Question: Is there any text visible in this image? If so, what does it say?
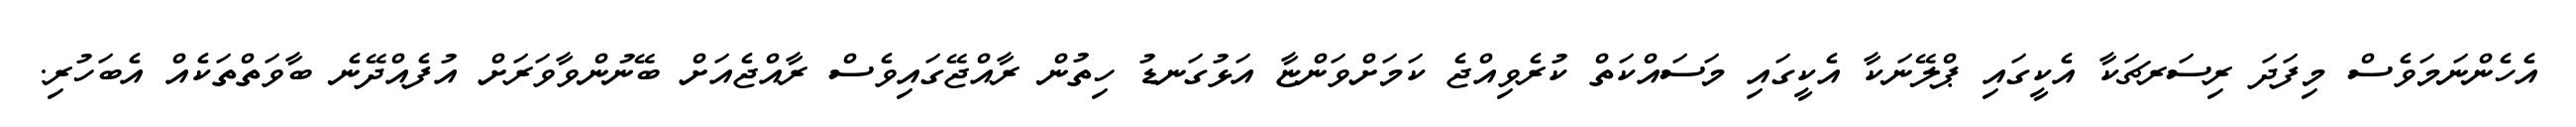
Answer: އެހެންނަމަވެސް މިފަދަ ރިސަރޗަކާ އެކީގައި ޕްލޭނަކާ އެކީގައި މަސައްކަތް ކުރެވިއްޖެ ކަމަށްވަންޏާ އަޅުގަނޑު ހިތުން ރާއްޖޭގައިވެސް ރާއްޖެއަށް ބޭނުންވާވަރަށް އުފެއްދޭނެ ބާވަތްތަކެއް އެބަހުރި.